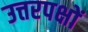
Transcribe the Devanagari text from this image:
उत्तरपक्षों